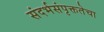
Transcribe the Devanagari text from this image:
संदर्भसंपृक्ततेचा